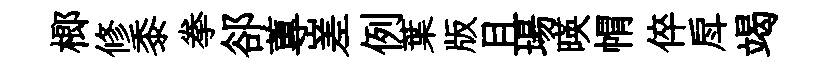
榔修黍拳郤蓴嵳例葉版且場暎㡌倅戽竭